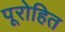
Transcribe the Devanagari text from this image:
पूरोहित